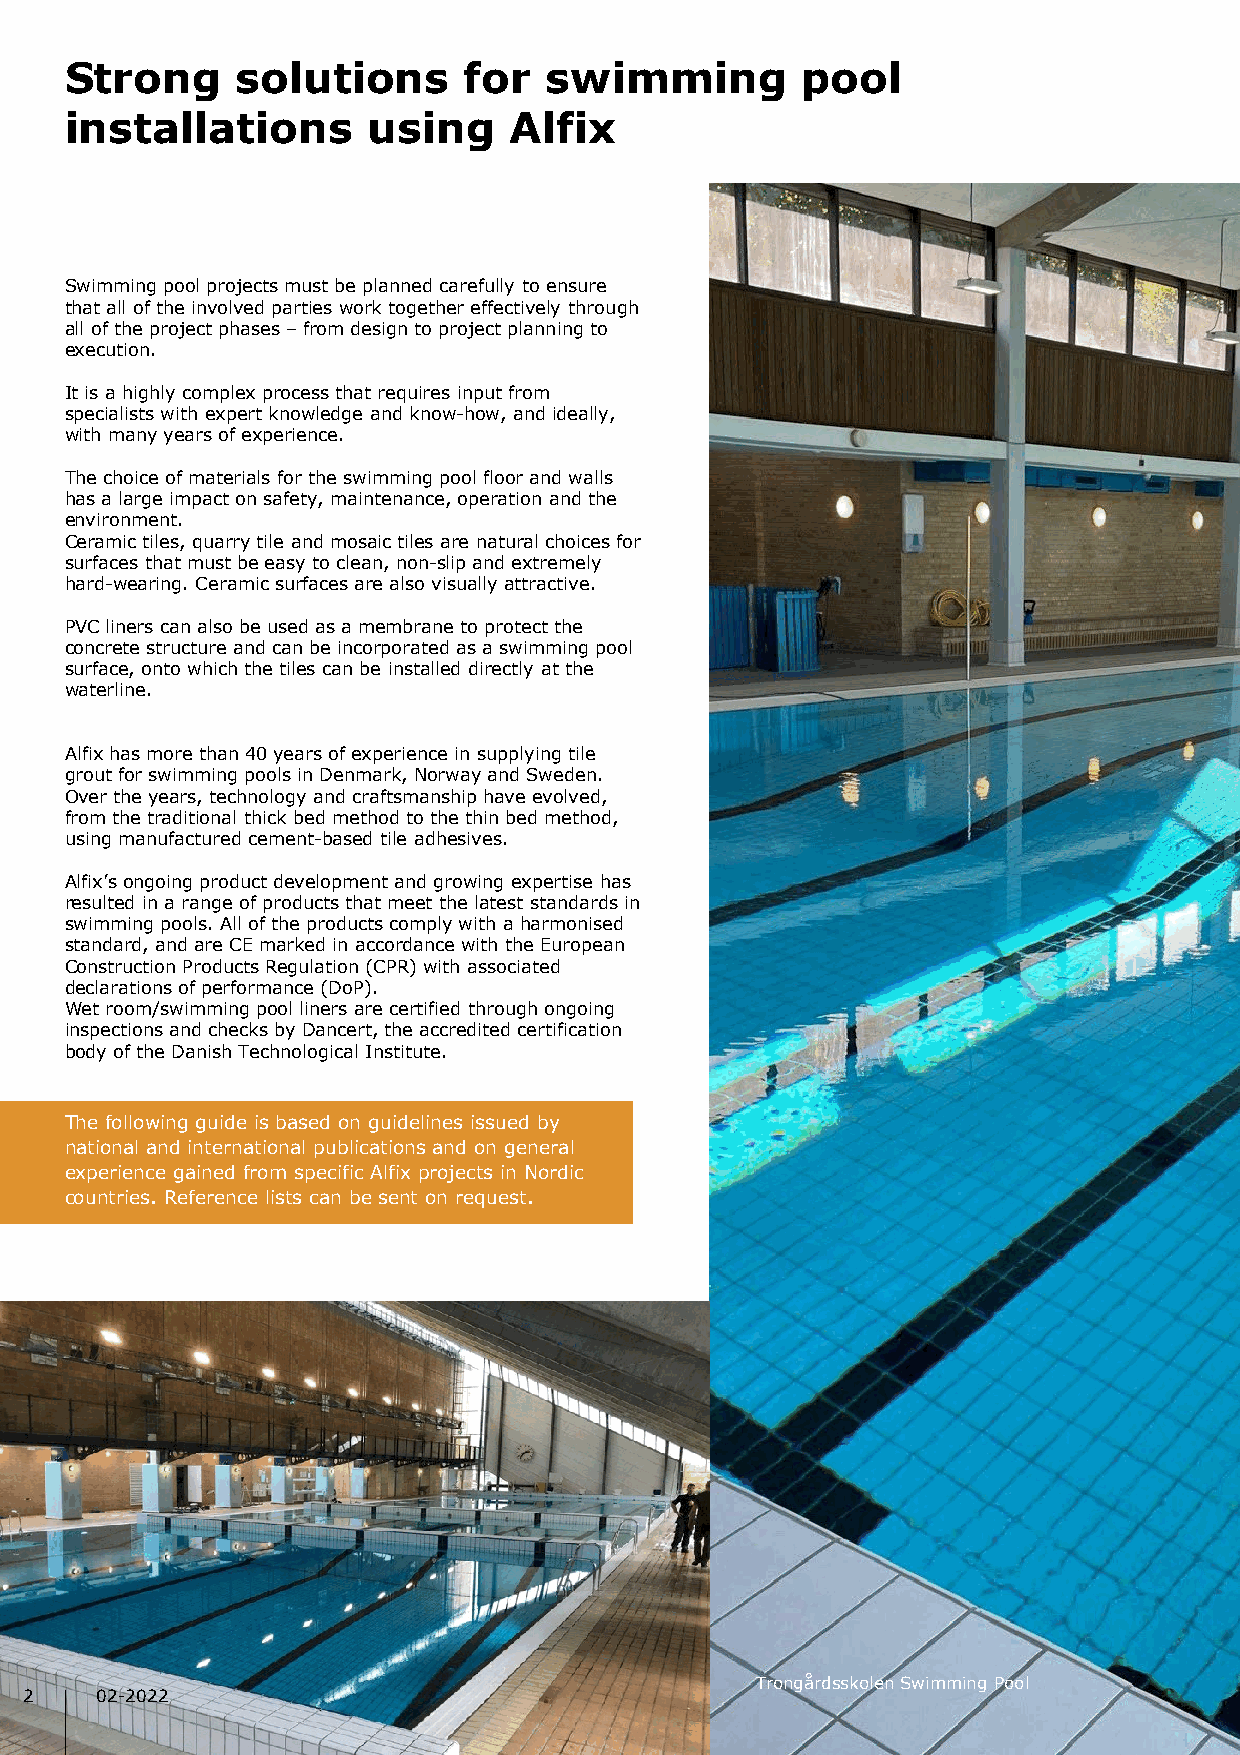
Strong      solutions      for  swimming         pool
 installations       using     Alfix
 Swimming pool projects must be planned carefully to ensure
 that all of the involved parties work together effectively through
 all of the project phases –from design to project planning to
 execution.
 It is a highly complex process that requires input from
 specialists with expert knowledge and know-how, and ideally,
 with many years of experience.
 The choice of materials for the swimming pool floor and walls
 has a large impact on safety, maintenance, operation and the
 environment.
 Ceramic tiles, quarry tile and mosaic tiles are natural choices for
 surfaces that must be easy to clean, non-slip and extremely
 hard-wearing. Ceramic surfaces are also visually attractive.
 PVC liners can also be used as a membrane to protect the
 concrete structure and can be incorporated as a swimming pool
 surface, onto which the tiles can be installed directly at the
 waterline.
 Alfixhas more than 40 years of experience in supplying tile
 grout for swimming pools in Denmark, Norway and Sweden.
 Over the years, technology and craftsmanship have evolved,
 from the traditional thick bed method to the thin bed method,
 using manufactured cement-based tile adhesives.
 Alfix’songoing product development and growing expertise has
 resulted in a range of products that meet the latest standards in
 swimming pools. All of the products comply with a harmonised
 standard, and are CE marked in accordance with the European
 Construction Products Regulation (CPR) with associated
 declarations of performance (DoP).
 Wet room/swimming pool liners are certified through ongoing
 inspections and checks by Dancert, the accredited certification
 body of the Danish Technological Institute.
 The following guide is based on guidelines issued by
 national and international publications and on general
 experience gained from specific Alfix projects in Nordic
 countries. Reference lists can be sent on request.
 TrongårdsskolenSwimming Pool
 2   02-2022